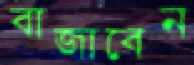
বাজাবেন